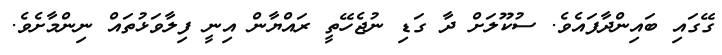
ގޭގައި ބައިންދާފައެވެ. ސުކޫލަށް ދާ ގަޑި ނުޖެހޭތީ ރައްޔާން އިނީ ފިލާވަޅުތައް ނިންމާށެވެ.